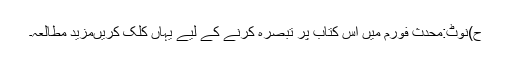
ح)نوٹ:محدث فورم میں اس کتاب پر تبصرہ کرنے کے لیے یہاں کلک کریںمزید مطالعہ۔